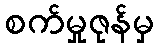
စက်မှုဇုန်မှ